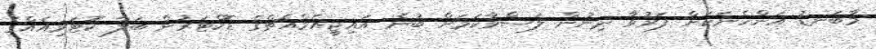
މާބަނޑު އަންހެނަކަށް ފަރުވާ ދިނުން ލަސްވާކަމަށް ބުނެ އައިޖީއެމްއެޗްގެ ޑޮކްޓަރުން ބަލާ ކޮޓަރިއެއްގެ